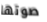
صوتها